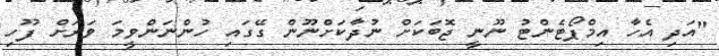
"އަދި އެހާ އިމްޕޯޓެންޓު ނޫނީ ޖޮބަކަށް ނުދާކަށްނޫން ގޭގައި ހުންނަންވީމަ ވަރަށް ފޫހި